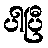
ပါပြီ